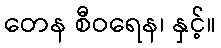
တေန စီဝရေန၊ နှင့်။